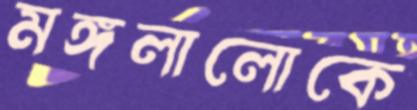
মঙ্গলালোকে